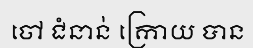
ចៅ ជំនាន់ ក្រោយ បាន